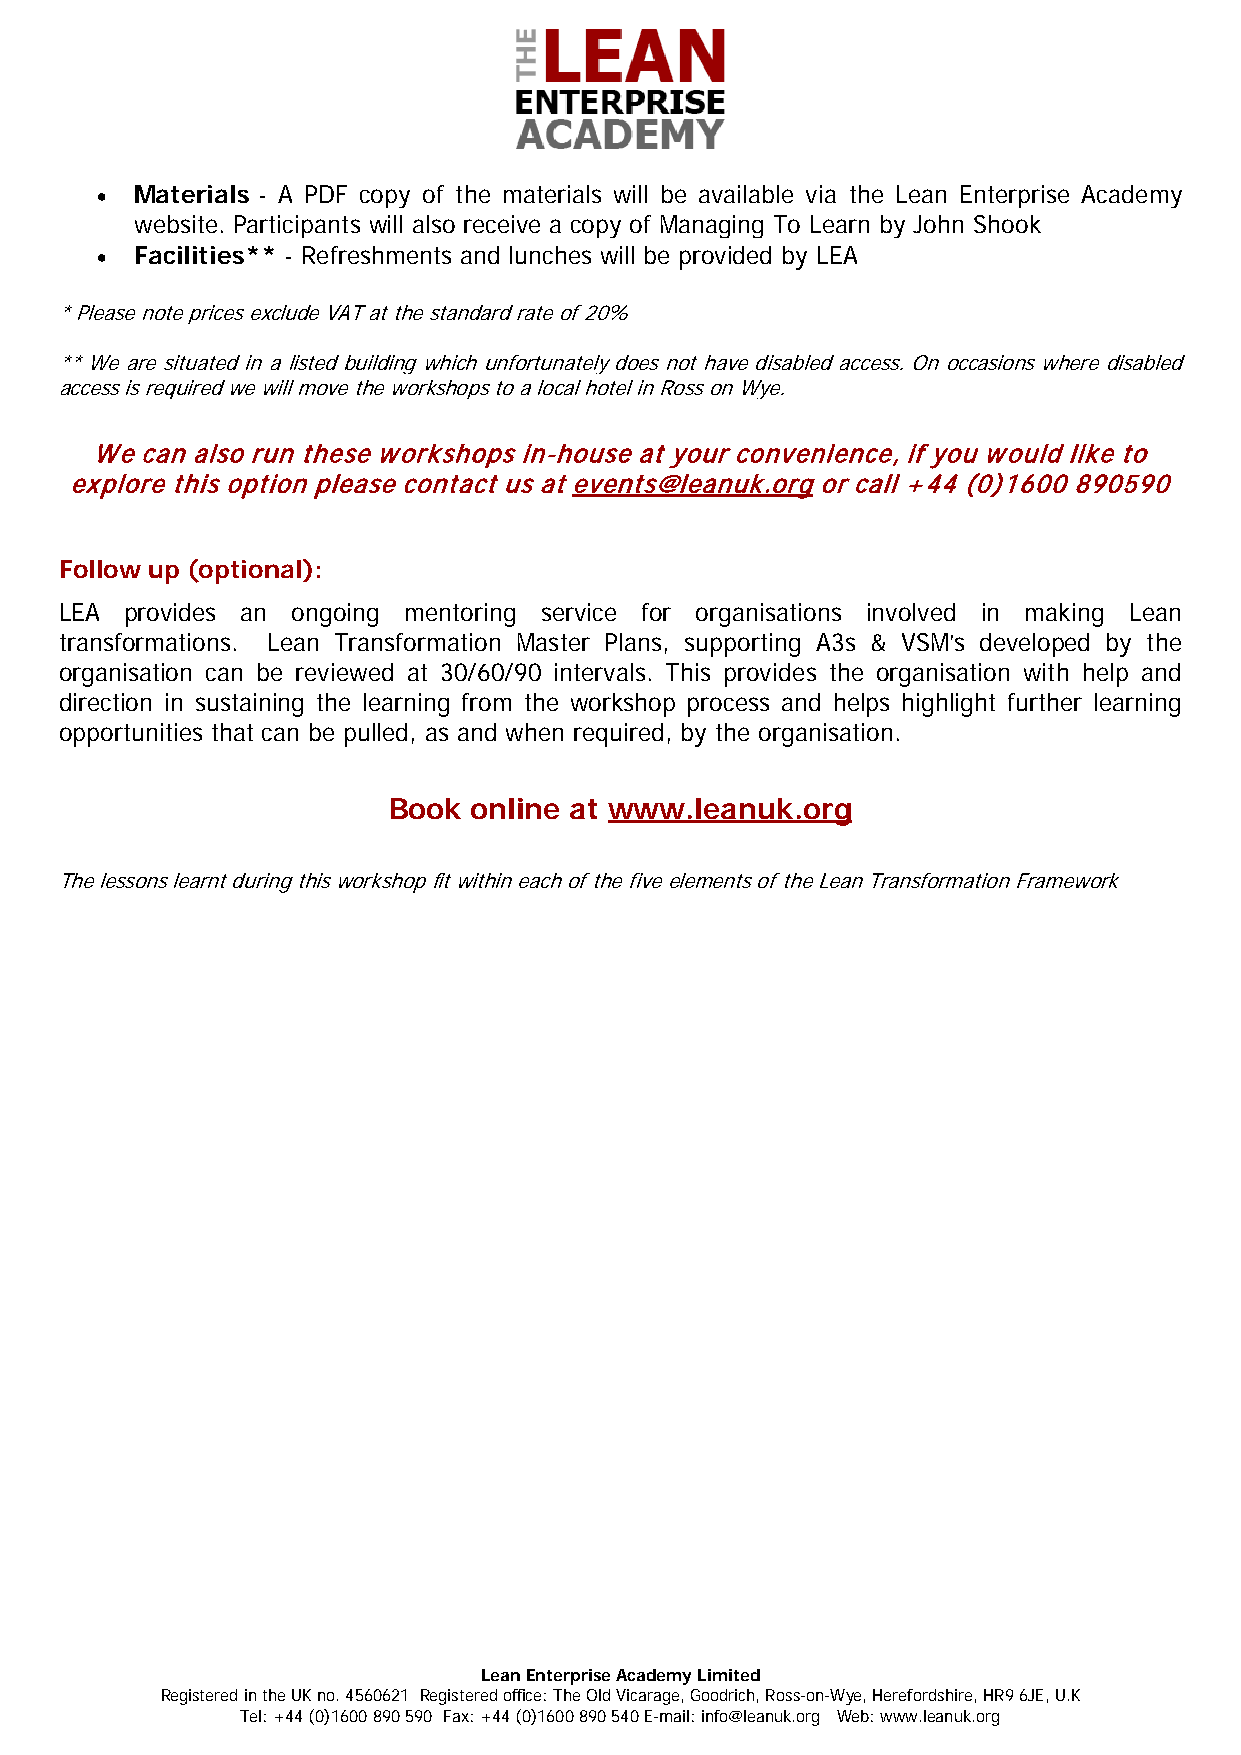
•  Materials - A PDF copy of the materials will be available via the Lean Enterprise Academy
 website. Participants will also receive a copy of Managing To Learn by John Shook
 •  Facilities** - Refreshments and lunches will be provided by LEA
 * Please note prices exclude VAT at the standard rate of 20%
 ** We are situated in a listed building which unfortunately does not have disabled access. On occasions where disabled
 access is required we will move the workshops to a local hotel in Ross on Wye.
 We can also run these workshops in-house at your convenience, if you would like to
 explore this option please contact us at events@leanuk.org or call +44 (0)1600 890590
 Follow up (optional):
 LEA provides an ongoing mentoring service for organisations involved in making Lean
 transformations. Lean Transformation Master Plans, supporting A3s & VSM’s developed by the
 organisation can be reviewed at 30/60/90 intervals. This provides the organisation with help and
 direction in sustaining the learning from the workshop process and helps highlight further learning
 opportunities that can be pulled, as and when required, by the organisation.
 Book online at www.leanuk.org
 The lessons learnt during this workshop fit within each of the five elements of the Lean Transformation Framework
 Lean Enterprise Academy Limited
 Registered in the UK no. 4560621 Registered office: The Old Vicarage, Goodrich, Ross-on-Wye, Herefordshire, HR9 6JE, U.K
 Tel: +44 (0)1600 890 590 Fax: +44 (0)1600 890 540 E-mail: info@leanuk.org Web: www.leanuk.org